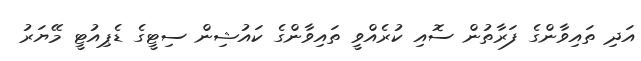
އަދި ތައިވާންގެ ފަރާތުން ސޮއި ކުރެއްވީ ތައިވާންގެ ކައުޝިން ސިޓީގެ ޑެޕިއުޓީ މޭޔަރު